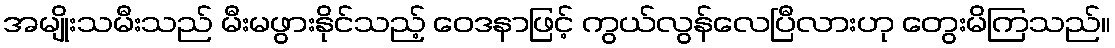
အမျိုးသမီးသည် မီးမဖွားနိုင်သည့် ဝေဒနာဖြင့် ကွယ်လွန်လေပြီလားဟု တွေးမိကြသည်။